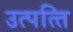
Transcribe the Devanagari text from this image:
उत्पत्‍ति